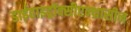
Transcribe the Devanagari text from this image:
डाईहाइड्रॉक्सीएन्थ्रासीन